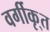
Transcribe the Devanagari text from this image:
वर्गीकृ्त